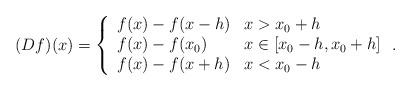
LaTeX: \begin{align*}(Df)(x) = \left\{ \begin{array}{ll}f(x)-f(x-h) & x > x_0+h \\f(x)-f(x_0) & x \in [x_0-h,x_0+h] \\f(x)-f(x+h) & x < x_0-h\end{array} \right. .\end{align*}